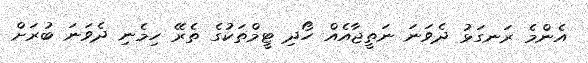
އެންމެ ރަނގަޅު ދެވަނަ ނަތީޖާއެއް ހޯދި ޓީމްތަކުގެ ތެރޭ ހިމެނި ދެވަނަ ބުރަށް